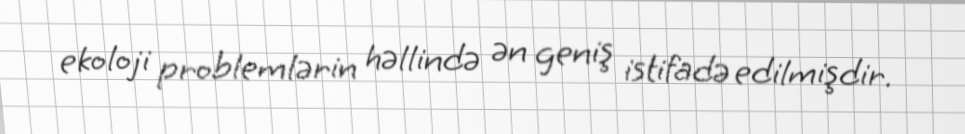
ekoloji problemlərin həllində ən geniş istifadə edilmişdir.